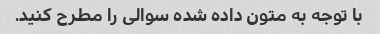
با توجه به متون داده شده سوالی را مطرح کنید.